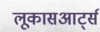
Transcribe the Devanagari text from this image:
लूकासआर्ट्स